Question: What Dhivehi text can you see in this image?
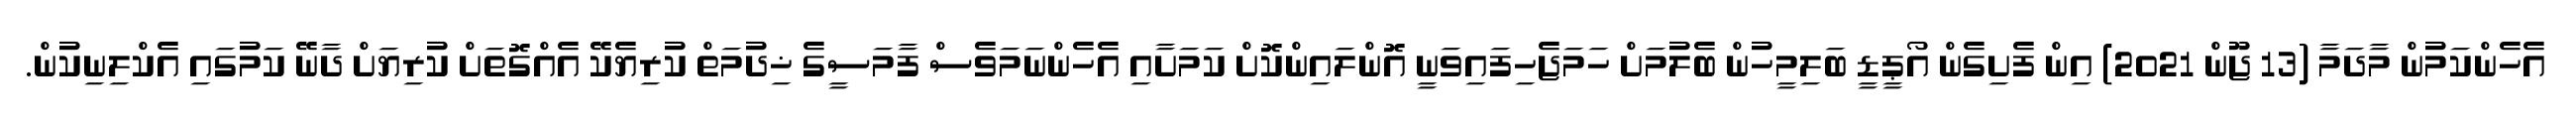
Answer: އެހެންކަމުން މާދަމާ (13 ޖޫން 2021) އިން ފެށިގެން އޯޕީޑީ ބަލިމީހުން ބެލުމަށް ހަމަޖެހިފައިވަނީ އޮންލައިންކޮށް ކަމަށާއި އެހެންނަމަވެސް ފާމަސީގެ ޚިދުމަތް ކުރިޔެކޭ އެއްގޮތަށް ކުރިޔަށް ދާނޭ ކަމުގައި އެކްލިނިކުން.